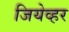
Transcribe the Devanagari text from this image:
जियेव्हर